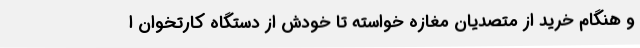
و هنگام خرید از متصدیان مغازه خواسته تا خودش از دستگاه کارتخوان ا